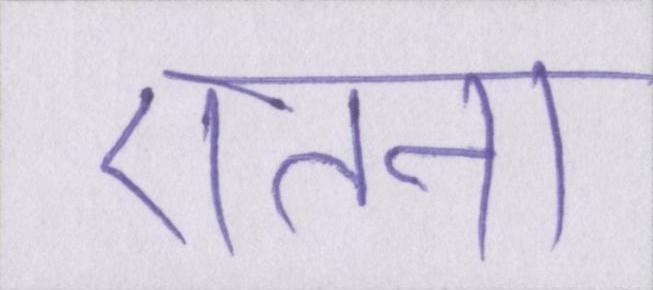
एतना